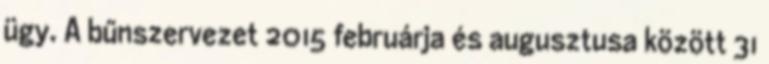
ügy. A bűnszervezet 2015 februárja és augusztusa között 31